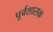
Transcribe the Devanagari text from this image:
पूर्वशासक